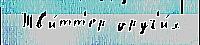
 Тв'и́тт'ер друг'и́х